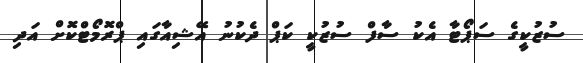
ސުޒުކީގެ ސަޕޯޓާ އެކު ސާފް ސުޒުކީ ކަޕް ދެކުނު އޭޝިއާގައި ޕްރޮމޯޓްކޮށް އަދި